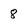
Character: 8